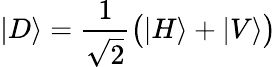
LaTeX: |D\rangle={\frac{1}{\sqrt{2}}}{\big(}|H\rangle+|V\rangle{\big)}